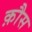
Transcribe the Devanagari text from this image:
क़ौस